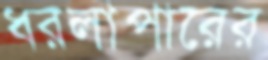
ধরলাপারের